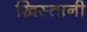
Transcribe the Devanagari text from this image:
ख्रिस्तानी